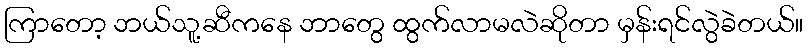
ကြာတော့ ဘယ်သူ့ဆီကနေ ဘာတွေ ထွက်လာမလဲဆိုတာ မှန်းရင်လွဲခဲတယ်။